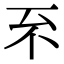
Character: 𠀚